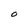
Character: O